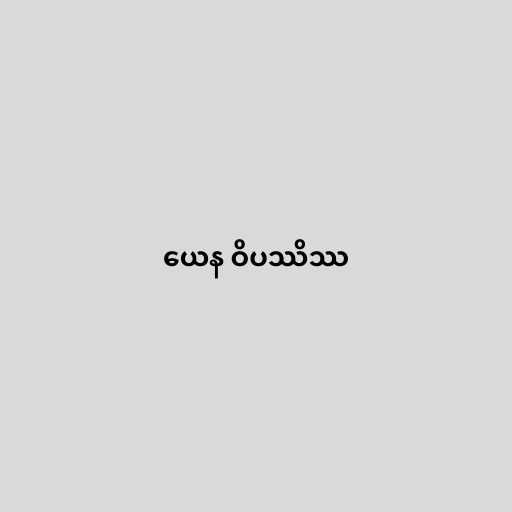
ယေန ဝိပဿိဿ